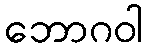
ဘောဂဝါ